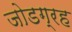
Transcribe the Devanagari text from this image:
जोडग्रह